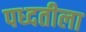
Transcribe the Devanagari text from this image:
पध्दतीला